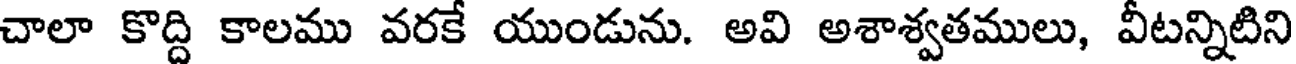
చాలా కొద్ది కాలము వరకే యుండును. అవి అశాశ్వతములు, వీటన్నిటిని